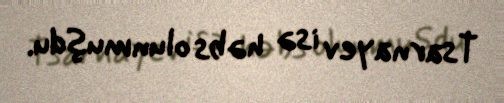
Tsarnayev isə həbs olunmuşdu.